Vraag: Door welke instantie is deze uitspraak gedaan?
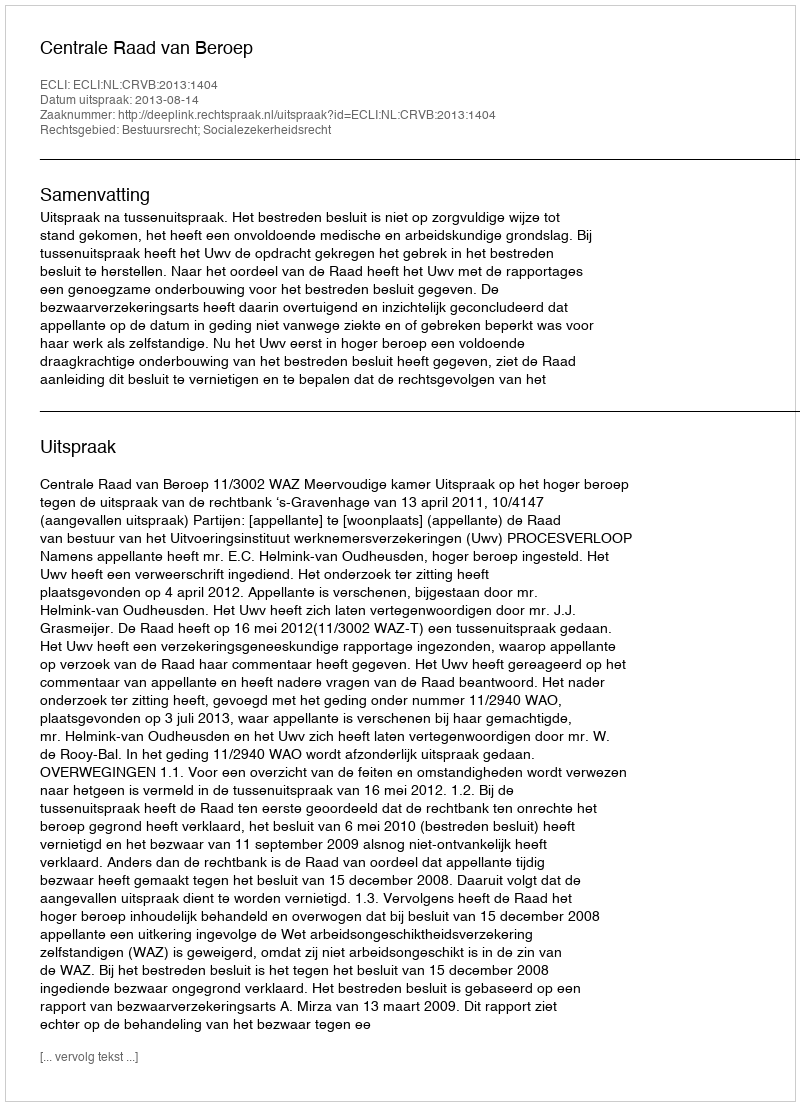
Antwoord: Centrale Raad van Beroep